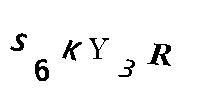
S6KY3R